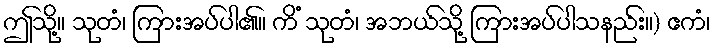
ဤသို့။ သုတံ၊ ကြားအပ်ပါ၏။ ကိံ သုတံ၊ အဘယ်သို့ ကြားအပ်ပါသနည်း။) ဧကံ၊